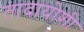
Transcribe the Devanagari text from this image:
तादायोशी